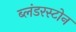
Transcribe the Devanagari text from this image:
ब्लंडरस्टोन